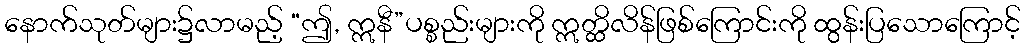
နောက်သုတ်များ၌လာမည့် “ဤ, ဣနီ”ပစ္စည်းများကို ဣတ္ထိလိန်ဖြစ်ကြောင်းကို ထွန်းပြသောကြောင့်